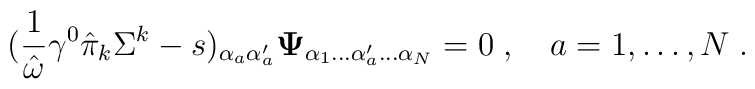
({1\over\hat{\omega}}\gamma^0\hat{\pi}_k\Sigma^k-s)_{\alpha_a\alpha^\prime_a}{\bf\Psi}_{\alpha_1\ldots\alpha^\prime_a\ldots\alpha_N}=0\;,\quad a=1,\ldots,N\;.